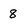
Character: 8